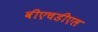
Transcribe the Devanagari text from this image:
वीएचडीएल